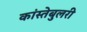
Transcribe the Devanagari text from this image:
कांस्तेबुलरी